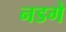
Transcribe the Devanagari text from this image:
नडगे